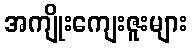
အကျိုးကျေးဇူးများ